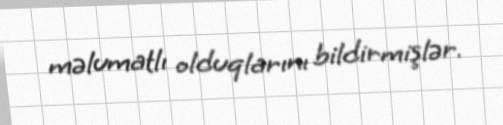
məlumatlı olduqlarını bildirmişlər.